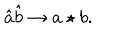
LaTeX: \hat { a } \hat { b } \rightarrow a \star b .